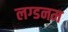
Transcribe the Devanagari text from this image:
लग्डनम